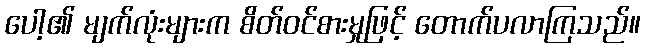
ပေါ့၏ မျက်လုံးများက စိတ်ဝင်စားမှုဖြင့် တောက်ပလာကြသည်။